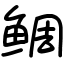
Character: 鲷